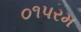
૦૧પરમ